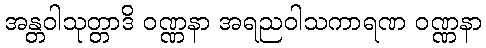
အန္တဝါသုတ္တာဒိ ဝဏ္ဏနာ အရညဝါသကာရဏ ဝဏ္ဏနာ